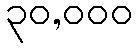
၃၀,၀၀၀